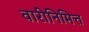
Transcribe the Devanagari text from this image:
वारीनिमित्त